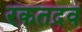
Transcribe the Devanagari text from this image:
रकतद्रव